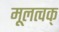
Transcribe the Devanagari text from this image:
मूलत्वक्